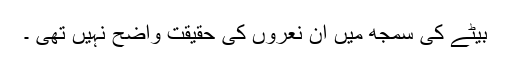
بیٹے کی سمجھ میں ان نعروں کی حقیقت واضح نہیں تھی ۔